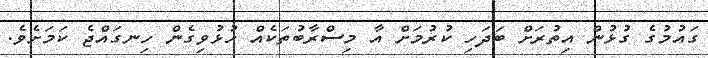
ގައުމުގެ ގުޅުން އިތުރަށް ބަދަހި ކުރުމަށް އާ މިސްރާބުތަކެއް ހުޅުވިގެން ހިނގައްޖެ ކަމަށެވެ.